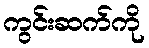
ကွင်းဆက်ကို